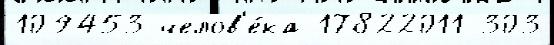
109453 челов'е́ка 17822011 303